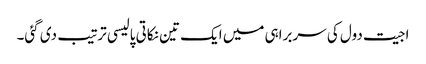
اجیت دول کی سربراہی میں ایک تین نکاتی پالیسی ترتیب دی گئی۔